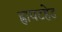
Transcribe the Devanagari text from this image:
ह्वायटहेड